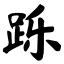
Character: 跞